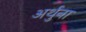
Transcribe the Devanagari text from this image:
अर्थुना